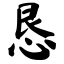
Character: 恳